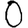
Digit: 0